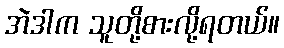
အဲဒါက သူတို့စားလို့ရတယ်။